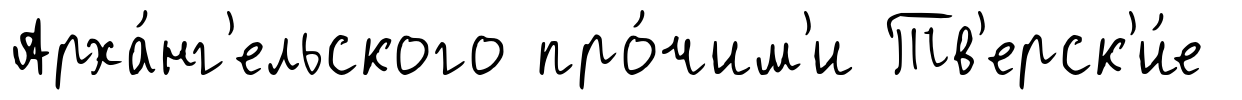
Арха́нг'ельского про́чим'и Тв'ерск'и́е